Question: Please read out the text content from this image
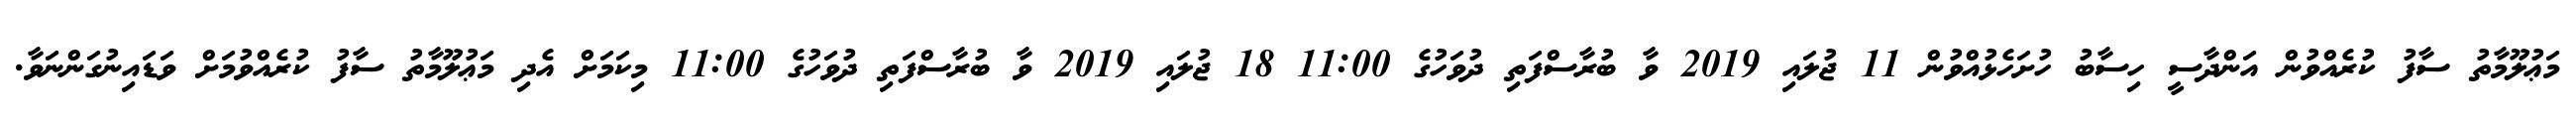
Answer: މަޢުލޫމާތު ސާފު ކުރެއްވުން އަންދާސީ ހިސާބު ހުށަހެޅުއްވުން 11 ޖުލައި 2019 ވާ ބުރާސްފަތި ދުވަހުގެ 11:00 18 ޖުލައި 2019 ވާ ބުރާސްފަތި ދުވަހުގެ 11:00 މިކަމަށް އެދި މަޢުލޫމާތު ސާފު ކުރެއްވުމަށް ވަޑައިނުގަންނަވާ.